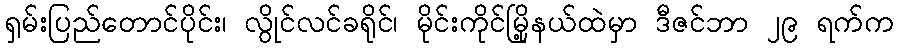
ရှမ်းပြည်တောင်ပိုင်း၊ လွိုင်လင်ခရိုင်၊ မိုင်းကိုင်မြို့နယ်ထဲမှာ ဒီဇင်ဘာ ၂၉ ရက်က